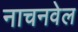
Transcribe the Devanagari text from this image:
नाचनवेल